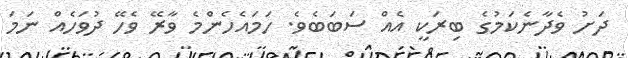
ދަށު ވެދާނެކަމުގެ ބިރަކީ އެއް ސަބަބެވެ. ހަމައެހެންމެ ވާރޭ ވެހޭ ދުވަހެއް ނަމަ